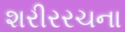
શરીરરચના